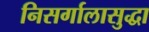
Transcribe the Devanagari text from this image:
निसर्गालासुद्धा